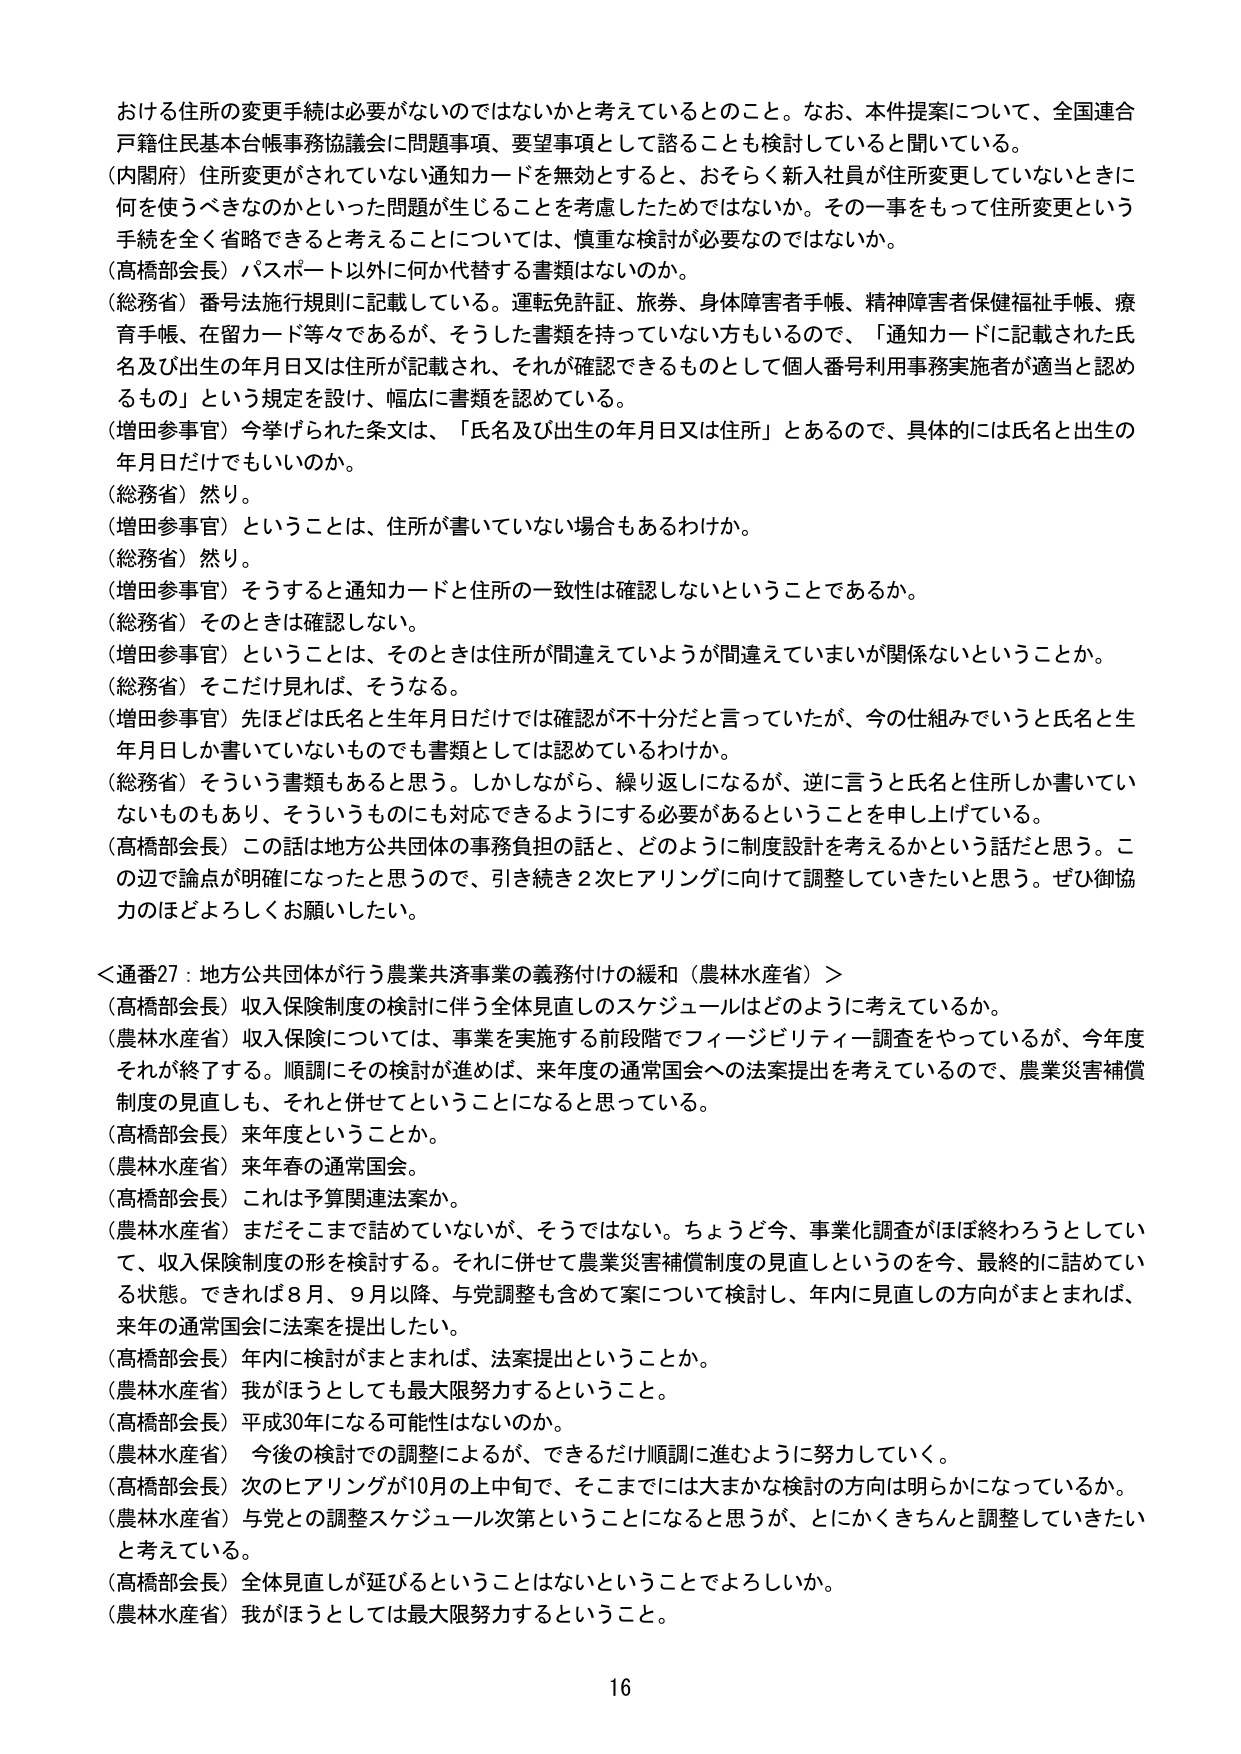
おける住所の変更手続は必要がないのではないかと考えているとのこと。なお、本件提案について、全国連合戸籍住民基本台帳事務協議会に問題事項、要望事項として諮ることも検討していると聞いている。

（内閣府）住所変更がされていない通知カードを無効とすると、おそらく新入社員が住所変更していないときに何を使うべきなのかといった問題が生じることを考慮したためではないか。その一事をもって住所変更という手続を全く省略できると考えることについては、慎重な検討が必要なのではないか。

（高橋部会長）パスポート以外に何か代替する書類はないのか。

（総務省）番号法施行規則に記載している。運転免許証、旅券、身体障害者手帳、精神障害者保健福祉手帳、療育手帳、在留カード等々であるが、そうした書類を持っていない方もいるので、「通知カードに記載された氏名及び出生の年月日又は住所が記載され、それが確認できるものとして個人番号利用事務実施者が適当と認めるもの」という規定を設け、幅広に書類を認めている。

（増田参事官）今挙げられた条文は、「氏名及び出生の年月日又は住所」とあるので、具体的には氏名と出生の年月日だけでもいいのか。

（総務省）然り。

（増田参事官）ということは、住所が書いていない場合もあるわけか。

（総務省）然り。

（増田参事官）そうすると通知カードと住所の一致性は確認しないということであるか。

（総務省）そのときは確認しない。

（増田参事官）ということは、そのときは住所が間違えていようが間違えていまいが関係ないということか。

（総務省）そこだけ見れば、そうなる。

（増田参事官）先ほどは氏名と生年月日だけでは確認が不十分だと言っていたが、今の仕組みでいうと氏名と生年月日しか書いていないものでも書類としては認めているわけか。

（総務省）そういう書類もあると思う。しかしながら、繰り返しになるが、逆に言うと氏名と住所しか書いていないものもあり、そういうものにも対応できるようにする必要があるということを申し上げている。

（高橋部会長）この話は地方公共団体の事務負担の話と、どのように制度設計を考えるかという話だと思う。この辺で論点が明確になったと思うので、引き続き2次ヒアリングに向けて調整していきたいと思う。ぜひ御協力のほどよろしくお願いしたい。

＜通番27：地方公共団体が行う農業共済事業の義務付けの緩和（農林水産省）＞

（高橋部会長）収入保険制度の検討に伴う全体見直しのスケジュールはどのように考えているか。

（農林水産省）収入保険については、事業を実施する前段階でフィージビリティ調査をやっているが、今年度それが終了する。順調にその検討が進めば、来年度の通常国会への法案提出を考えているので、農業災害補償制度の見直しも、それと併せてということになると思っている。

（高橋部会長）来年度ということか。

（農林水産省）来年春の通常国会。

（高橋部会長）これは予算関連法案か。

（農林水産省）まだそこまで詰めていないが、そうではない。ちょうど今、事業化調査がほぼ終わろうとしていて、収入保険制度の形を検討する。それに併せて農業災害補償制度の見直しというのを今、最終的に詰めている状態。できれば8月、9月以降、与党調整も含めて案について検討し、年内に見直しの方向がまとまれば、来年の通常国会に法案を提出したい。

（高橋部会長）年内に検討がまとめれば、法案提出ということか。

（農林水産省）我がほうとしても最大限努力するということ。

（高橋部会長）平成30年になる可能性はないのか。

（農林水産省）今後の検討での調整によるが、できるだけ順調に進むように努力していく。

（高橋部会長）次のヒアリングが10月の上中旬で、そこまでには大まかな検討の方向は明らかになっているか。

（農林水産省）与党との調整スケジュール次第ということになると思うが、とにかくきちんと調整していきたいと考えている。

（高橋部会長）全体見直しが延びるということはないということでしょうか。

（農林水産省）我がほうとしては最大限努力するということ。

16